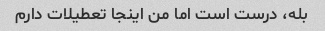
بله، درست است اما من اینجا تعطیلات دارم